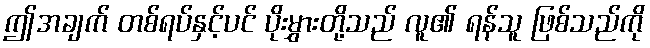
ဤအချက် တစ်ရပ်နှင့်ပင် ပိုးမွှားတို့သည် လူ၏ ရန်သူ ဖြစ်သည်ကို